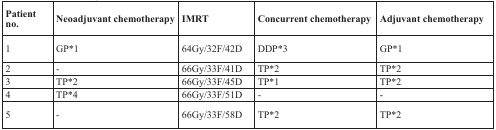
| Patient no. | Neoadjuvant chemotherapy | IMRT | Concurrent chemotherapy | Adjuvant chemotherapy |
 | --- | --- | --- | --- | --- |
 | 1 | GP*1 | 64Gy/32F/42D | DDP*3 | GP*1 |
 | 2 | - | 66Gy/33F/41D | TP*2 | TP*2 |
 | 3 | TP*2 | 66Gy/33F/45D | TP*1 | TP*2 |
 | 4 | TP*4 | 66Gy/33F/51D | - | - |
 | 5 | - | 66Gy/33F/58D | TP*2 | TP*2 |